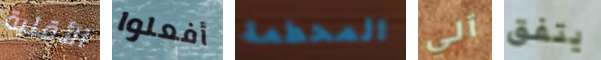
الأقلية أفعلوا المحطمة آلي يتفق